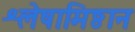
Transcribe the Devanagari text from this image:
श्लेषामिष्ठान